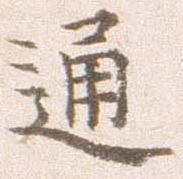
通